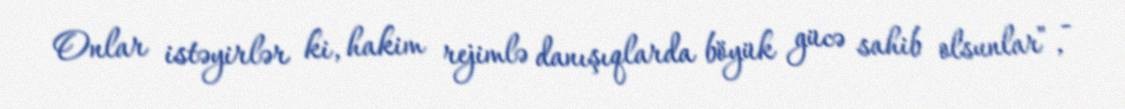
Onlar istəyirlər ki, hakim rejimlə danışıqlarda böyük gücə sahib olsunlar”, -